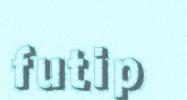
futip